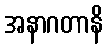
အနာဂတာနိ